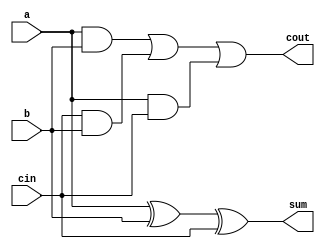
module Full_adder (a,b,cin,sum,cout);
    input a,b,cin;
    output sum,cout;
    assign sum= a ^ b ^ cin;
    assign cout= (a & b)| (cin & b)| (a & cin);
endmodule